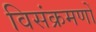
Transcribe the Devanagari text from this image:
विसंक्रमणों